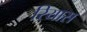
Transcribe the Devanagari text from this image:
रियास